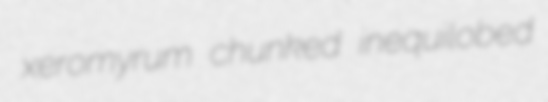
xeromyrum chunked inequilobed